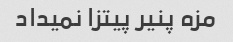
مزه پنیر پیتزا نمیداد